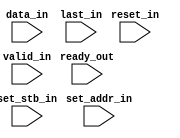
module syntheses_implementation_interface_in (
  input ready_out,
  input [32-1:0] data_in,
  input [1-1:0] last_in,
  input [1-1:0] reset_in,
  input [8-1:0] set_addr_in,
  input [1-1:0] set_stb_in,
  input [1-1:0] valid_in
);
  wire [1-1:0] set_stb_in_net;
  wire [1-1:0] valid_in_net;
  wire [1-1:0] last_in_net;
  wire [1-1:0] reset_in_net;
  wire [8-1:0] set_addr_in_net;
  wire ifft_fast_fourier_transform_8_1_s_axis_data_tready_net;
  wire [32-1:0] data_in_net;
  assign ifft_fast_fourier_transform_8_1_s_axis_data_tready_net = ready_out;
  assign data_in_net = data_in;
  assign last_in_net = last_in;
  assign reset_in_net = reset_in;
  assign set_addr_in_net = set_addr_in;
  assign set_stb_in_net = set_stb_in;
  assign valid_in_net = valid_in;
endmodule